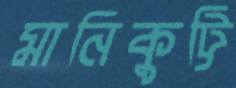
মানিকুট্টি